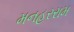
મનહરરામ